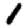
Digit: 1